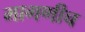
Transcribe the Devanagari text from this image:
मागणीच